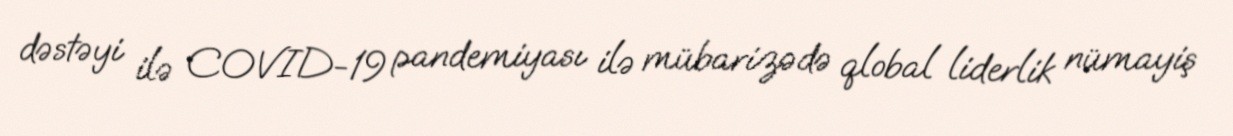
dəstəyi ilə COVID-19 pandemiyası ilə mübarizədə qlobal liderlik nümayiş